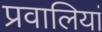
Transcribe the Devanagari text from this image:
प्रवालियां